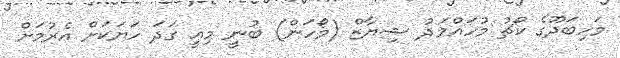
މަހިބަދޫގެ ކޯޗު މުހައްމަދު ޝިޔާޒް (މޯހަން) ބުނީ މިއީ ގަދަ ހަޔަކަށް އެރުމަށް